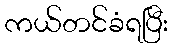
ကယ်တင်ခံရပြီး